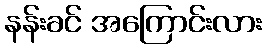
နန်းခင် အကြောင်းလား